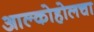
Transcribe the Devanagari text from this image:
आल्कोहोलचा